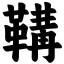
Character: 鞲